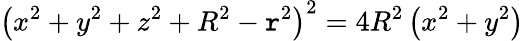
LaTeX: \left(x^{2}+y^{2}+z^{2}+R^{2}-\mathtt{r}^{2}\right)^{2}=4R^{2}\left(x^{2}+y^{2}\right)